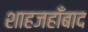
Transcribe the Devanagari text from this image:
शाहजहाँबाद